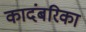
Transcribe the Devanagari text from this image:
कादंबरिका